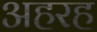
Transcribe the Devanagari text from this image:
अहरह